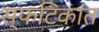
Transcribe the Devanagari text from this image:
स्फटिकांत